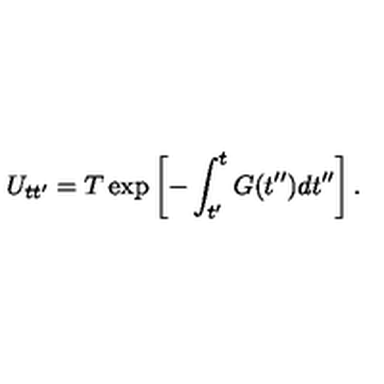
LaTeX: U _ { t t ^ { \prime } } = T \exp \left[ - \int _ { t ^ { \prime } } ^ { t } G ( t ^ { \prime \prime } ) d t ^ { \prime \prime } \right] .